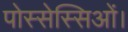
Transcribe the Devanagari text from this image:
पोस्सेस्सिओं।